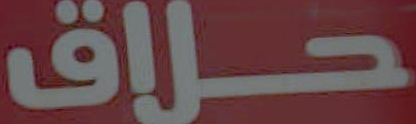
حلاق